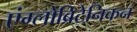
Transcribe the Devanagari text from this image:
एंग्लोब्रिटेनिकन